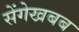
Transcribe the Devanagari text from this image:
सेंगेखबब